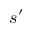
s ^ { \prime }